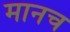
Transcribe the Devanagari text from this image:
मानच